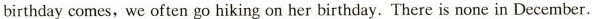
birthday comes,we often go hiking on her birthday.There is none in December.